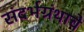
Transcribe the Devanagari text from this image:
संदर्भग्रंथाचे